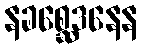
နခစ္ဆေဒနေန